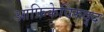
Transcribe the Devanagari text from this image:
आफ्रिकेविरुद्द